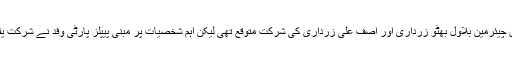
اجلاس میں چیئرمین بلاول بھٹو زرداری اور آصف علی زرداری کی شرکت متوقع تھی لیکن اہم شخصیات پر مبنی پیپلز پارٹی وفد نے شرکت یقینی بنائی۔